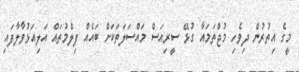
މީގެ އިތުރުން ދިވެހި މުޖްތަމައާ ގުޅޭ ސީރިއަސް މައްސަލަތަކަށް ބައެއް ފިލްމުތައް އަލިއަޅުވާލާފައި